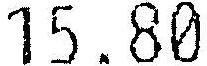
15.80